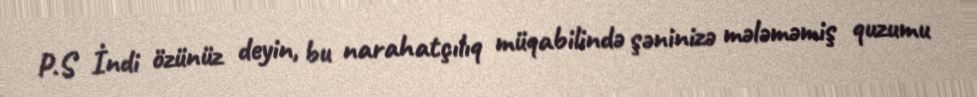
P.S İndi özünüz deyin, bu narahatçılıq müqabilində şəninizə mələməmiş quzumu